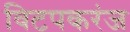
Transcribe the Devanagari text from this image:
विटपकरंज